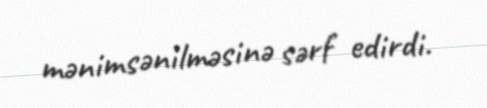
mənimsənilməsinə sərf edirdi.